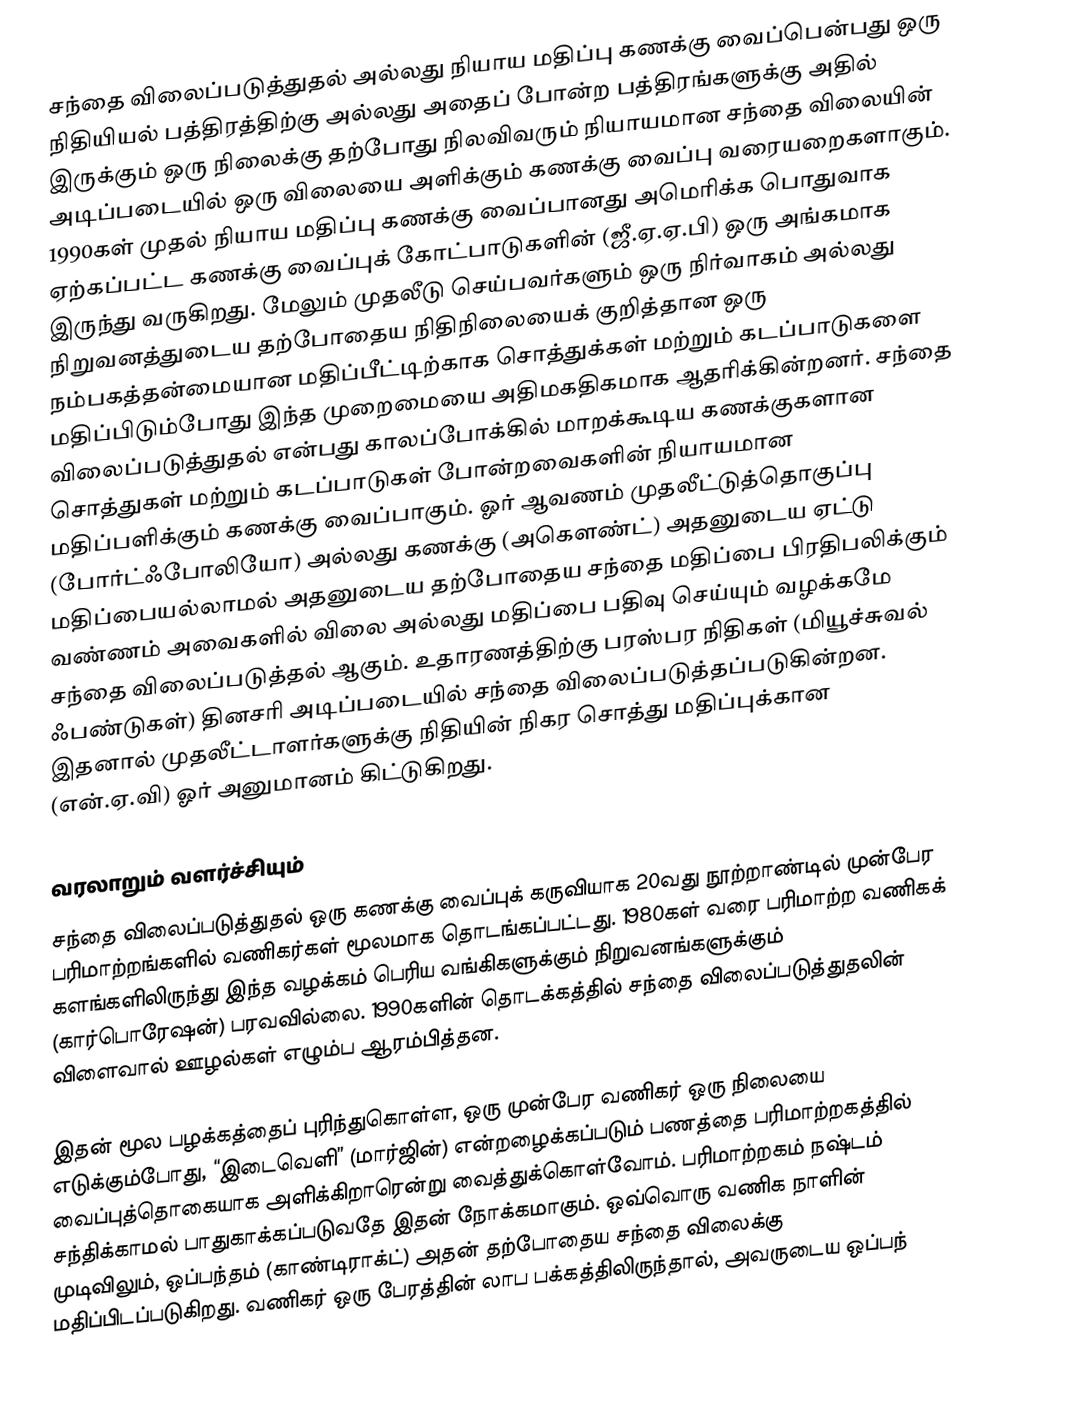
சந்தை விலைப்படுத்துதல் அல்லது நியாய மதிப்பு கணக்கு வைப்பென்பது ஒரு நிதியியல் பத்திரத்திற்கு அல்லது அதைப் போன்ற பத்திரங்களுக்கு அதில் இருக்கும் ஒரு நிலைக்கு தற்போது நிலவிவரும் நியாயமான சந்தை விலையின் அடிப்படையில் ஒரு விலையை அளிக்கும் கணக்கு வைப்பு வரையறைகளாகும். 1990கள் முதல் நியாய மதிப்பு கணக்கு வைப்பானது அமெரிக்க பொதுவாக ஏற்கப்பட்ட கணக்கு வைப்புக் கோட்பாடுகளின் (ஜீ.ஏ.ஏ.பி) ஒரு அங்கமாக இருந்து வருகிறது. மேலும் முதலீடு செய்பவர்களும் ஒரு நிர்வாகம் அல்லது நிறுவனத்துடைய தற்போதைய நிதிநிலையைக் குறித்தான ஒரு நம்பகத்தன்மையான மதிப்பீட்டிற்காக சொத்துக்கள் மற்றும் கடப்பாடுகளை மதிப்பிடும்போது இந்த முறைமையை அதிமகதிகமாக ஆதரிக்கின்றனர். சந்தை விலைப்படுத்துதல் என்பது காலப்போக்கில் மாறக்கூடிய கணக்குகளான சொத்துகள் மற்றும் கடப்பாடுகள் போன்றவைகளின் நியாயமான மதிப்பளிக்கும் கணக்கு வைப்பாகும். ஓர் ஆவணம் முதலீட்டுத்தொகுப்பு (போர்ட்ஃபோலியோ) அல்லது கணக்கு (அகௌண்ட்) அதனுடைய ஏட்டு மதிப்பையல்லாமல் அதனுடைய தற்போதைய சந்தை மதிப்பை பிரதிபலிக்கும் வண்ணம் அவைகளில் விலை அல்லது மதிப்பை பதிவு செய்யும் வழக்கமே சந்தை விலைப்படுத்தல் ஆகும். உதாரணத்திற்கு பரஸ்பர நிதிகள் (மியூச்சுவல் ஃபண்டுகள்) தினசரி அடிப்படையில் சந்தை விலைப்படுத்தப்படுகின்றன. இதனால் முதலீட்டாளர்களுக்கு நிதியின் நிகர சொத்து மதிப்புக்கான (என்.ஏ.வி) ஓர் அனுமானம் கிட்டுகிறது.

வரலாறும் வளர்ச்சியும்
சந்தை விலைப்படுத்துதல் ஒரு கணக்கு வைப்புக் கருவியாக 20வது நூற்றாண்டில் முன்பேர பரிமாற்றங்களில் வணிகர்கள் மூலமாக தொடங்கப்பட்டது. 1980கள் வரை பரிமாற்ற வணிகக் களங்களிலிருந்து இந்த வழக்கம் பெரிய வங்கிகளுக்கும் நிறுவனங்களுக்கும் (கார்பொரேஷன்) பரவவில்லை. 1990களின் தொடக்கத்தில் சந்தை விலைப்படுத்துதலின் விளைவால் ஊழல்கள் எழும்ப ஆரம்பித்தன.

இதன் மூல பழக்கத்தைப் புரிந்துகொள்ள, ஒரு முன்பேர வணிகர் ஒரு நிலையை எடுக்கும்போது, “இடைவெளி” (மார்ஜின்) என்றழைக்கப்படும் பணத்தை பரிமாற்றகத்தில் வைப்புத்தொகையாக அளிக்கிறாரென்று வைத்துக்கொள்வோம். பரிமாற்றகம் நஷ்டம் சந்திக்காமல் பாதுகாக்கப்படுவதே இதன் நோக்கமாகும். ஒவ்வொரு வணிக நாளின் முடிவிலும், ஒப்பந்தம் (காண்டிராக்ட்) அதன் தற்போதைய சந்தை விலைக்கு மதிப்பிடப்படுகிறது. வணிகர் ஒரு பேரத்தின் லாப பக்கத்திலிருந்தால், அவருடைய ஒப்பந்